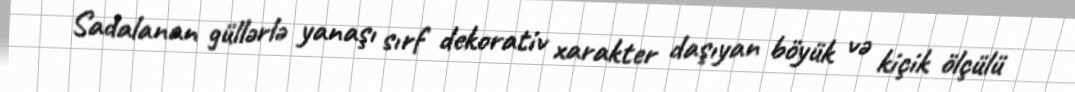
Sadalanan güllərlə yanaşı sırf dekorativ xarakter daşıyan böyük və kiçik ölçülü